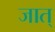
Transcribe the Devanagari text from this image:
जात्